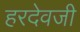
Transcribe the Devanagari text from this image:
हरदेवजी